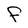
Character: f